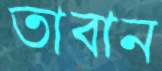
তাবান